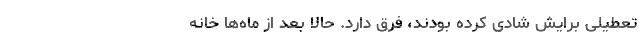
تعطیلی برایش شادی کرده‌ بودند، فرق دارد. حالا بعد از ماه‌ها خانه‌